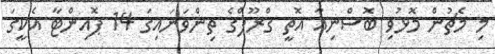
މި މެޗުން މޮޅުވި ބޮސްނިއާ އޮތީ ގްރޫޕްގެ ތިންވަނައިގަ 14 ޕޮއިންޓާ އެކީގަ